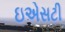
ઇએસટી